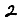
Digit: 2